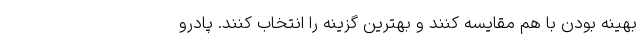
بهینه بودن با هم مقایسه کنند و بهترین گزینه را انتخاب کنند. پادرو